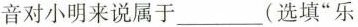
音对小明来说属于___(选填”乐